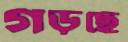
গড়ছে